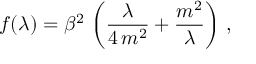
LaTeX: f ( \lambda ) = \beta ^ { 2 } \, \left( \frac { \lambda } { 4 \, m ^ { 2 } } + \frac { m ^ { 2 } } { \lambda } \right) \, ,